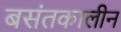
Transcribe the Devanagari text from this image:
बसंतकालीन